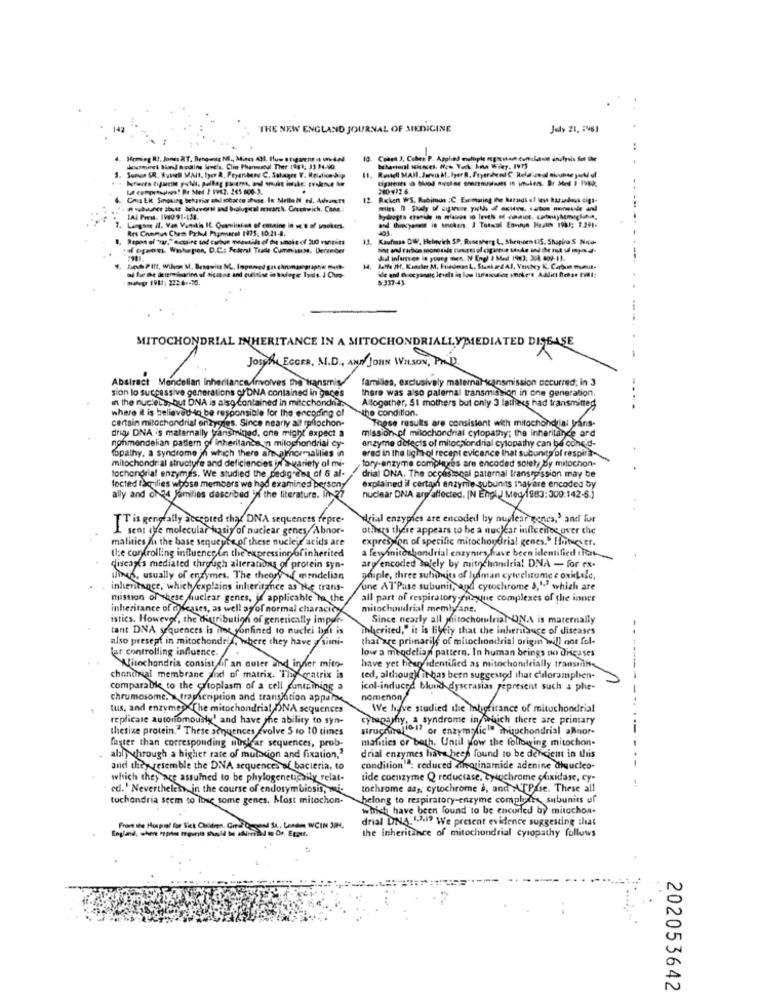
THE NEW ENGLAND JOURNAL OF SIEDICINE
July 21, : 481
document Sind soains levela. Clin Pansucul Theer 1981, 33 14-90.
Somos SR. Russell MAIt, Iyor &, Peyenbens C, Soluopen Y. Relation dip
La competagings! Be Med 2 F962. 265 600-3.
260-472 6.
12 Roken WS. Rabimos :C Eumuing the harsids cf low hurados ciga-
Langsne il. Van Vunkis It. Quanilisten of catanine in u 8 of smokers.
Kaufmas OW, Helnvich SP. Runesberg L, Shenoen (15, Shapira S Noco-
"of oganes. Washepson, D.C .: Federal Trade Cumminss. December
dial infar es in young men. N Engl J Med 1943: 3:4.809-11.
--
best PIft, Wilson M, Benquite N. Inporod ga chrumasographie
14
Balfe JH, Kuasker M. Friedman L. Stunkwd Al, Ventey K. Carbon momlit.
nahegr IPBI: 222:6 .- 30.
5.337-43
MITOCHONDRIAL INHERITANCE IN A MITOCHONDRIALLYMEDIATED DISEASE
Josef. EGGER, M.D ., AND JOHN WILSON, PAD).
Abstract Mendelian Inheritance Involves the
familles, exclusively maternal cansmission occurred; in 3
sion lo suces
ONA is also Contained in mitochondrie
erations of DNA contained in gaces
there was also paternal transmission in one generation.
Altogether, St mothers but only 3 fathers had transmitted
where it is believed to be responsible for the encoding of
the condition.
certain mitochondrial enzygres, Since nearly ait rpflochon-
pflochon-
drie DNA is matarnally transmined, one might expect a
mission-el milochondrial cylopathy; the inheritance ard
These results are consistent with mitochondrial Jrans-
nonmendelian pattern of inheritance n milochondrial cy-
enzyme defects of mitochondrial cylopathy can be coned-
erad in the light-of recept evicence that subunits of respira-
opathy, a syndrome in which there are alno
mitochondrial structure and deficiencies in auvariety of mi-
tochondrial enzymes. We studied the pedigrent of 5 af-
tory-enzyme compleres are encoded solely by mitochon.
of 6 af-
drial ONA. The ocolislocal paternal transmission may be
tocted faccilies whose members we had examines persony
person
explained il certain enzyme subunits thayare encoded by
ally and of 34 families described In the literature. In
nuclear DNA are affected. [N Engl J Med.1983: 300:142-5.)
T is generally
ecepied thay DNA seque
repre-
rial enzypies are encoded by nu
genes,' and fur
L sent offe molecular hasiy of nuclear genes
Abnor-
others there appears to be a nuclear infleenes over che
malities At the base sequence of these nuclei
acids are
expression of specific mitochondrial genes." However.
Ile controlling influence In the expressing ofinherited
a fewyfinitochondrial enzymes have been identified that
diseases mediated through alterations
protein syn-
are encoded solely by mitochondria! DNA - for ex-
und's, usually of enzymes. The theory
mendelian
gesple, three subunits of lyfman cyteelitume e oxidale,
inheritance, which explains inheritance as Ne trans-
une AT'Pase subunit, and cytochrome 3," which are
mission of these fiuclear genes, if applicable to the
all part of respiratory-enzyque complexes of the inner
inheritance of diseases, as well as of normal character
mitochondrial memlyane.
istics. However, the distribution of genetically impu
Since nearly all mitochondria ONA is maternally
tant DNA sequences is it yonfined to nuclei bat is
Inherited," it is likely that the inheritance of diseases
also presept in mitochondrif, Where they have a simni-
that are primarily of mitochondrial origin will not fol-
for controlling influence.
low a mendelian pattern. In human beings do diseases
Mitochondria consist of an outer und iryler mito-
have yet heup identified as mitochondrially transmitts
chondrial membrane and of matrix. They cratrix is
ted, although it has been suggested that chloramphen-
comparable to the cytoplasm of a cell containing
icol-induced blund dyscrasias represent such a phie-
chromosome. \ trashcription and transition appalk
nomenon
tus, and enzyme><Che mitochondrial DNA sequences
We have studied the iligfitance of mitochondrial
---
replicale autonomously' and have the ability to syn-
cytapathy, a syndrome in which there are primary
thesize protein." These sequences evolve 5 to 10 times
uchhelio1? or enzymatic" mitochondrial abnor-
faster than corresponding nuclear sequences, prob-
mafities or both. Until yow the following mitochon-
ally through a higher rate of muccion and fixation,"
drial enzymes have been found to be dencient in this
and they resemble the DNA sequences of bacteria, to
condition"": reduced Minorinamide adenine diqucleo-
--
which they are assumed to be phylogeneticsily relat-
tide coenzyme Q reductase, bylochrome glixidase, cy-
1
cd.' Nevertheless, in the course of endosymbiosis, mi-
tochrome asy, cytochrome &, and '[Pase. These all
tochondria seem to lose some genes. Most mitochon-
belong to respiratory-enzyme compleles subunits of
which have been found to be encoded by mitochon-
drial DNA. 1.7.1? We present evidence suggesting that
AM WCIN JIH.
the inheritance of mitochondrial cyropathy follows
202053642